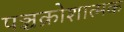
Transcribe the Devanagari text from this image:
पञ्चक्रोशात्मक